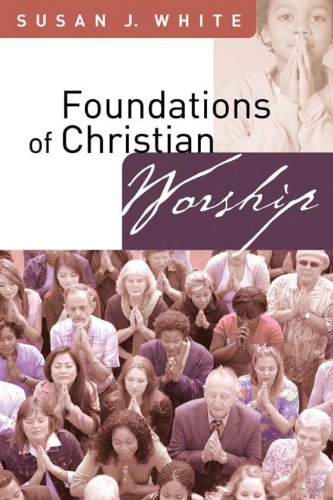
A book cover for Foundations of Christian Worship; Susan J. White; Christian Books & Bibles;